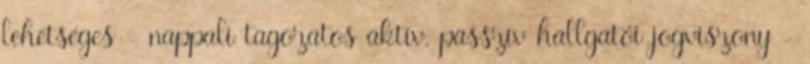
lehetséges - nappali tagozatos aktív, passzív hallgatói jogviszony -